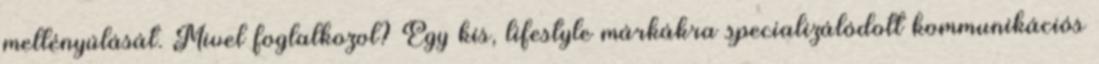
mellényúlását. Mivel foglalkozol? Egy kis, lifestyle márkákra specializálódott kommunikációs